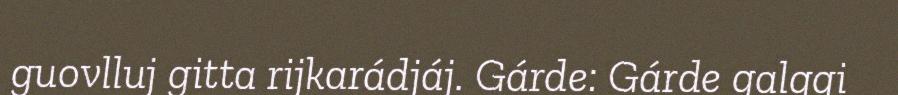
guovlluj gitta rijkarádjáj. Gárde: Gárde galggi